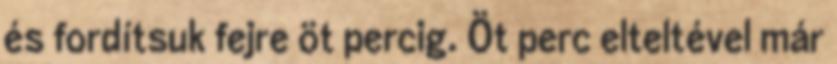
és fordítsuk fejre öt percig. Öt perc elteltével már